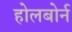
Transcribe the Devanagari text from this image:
होलबोर्न